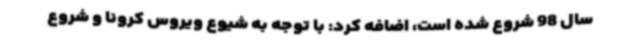
سال 98 شروع شده است، اضافه کرد: با توجه به شیوع ویروس کرونا و شروع